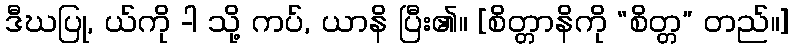
ဒီဃပြု, ယ်ကို -ါ သို့ ကပ်, ယာနိ ပြီး၏။ [စိတ္တာနိကို “စိတ္တ” တည်။]